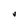
Character: V